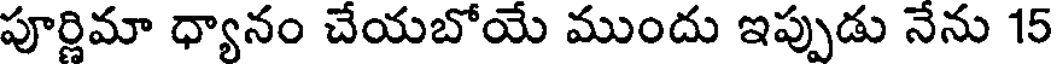
పూర్ణిమా ధ్యానం చేయబోయే ముందు ఇప్పుడు నేను 15